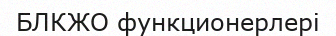
БЛКЖО функционерлері